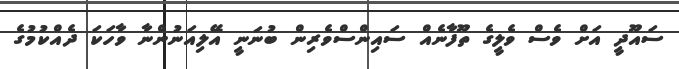
ސައޫދީ އަށް ވެސް ވެލީގެ ތޫފާނެއް ސައިންސްވެރިން ބުނަނީ އޭލިއަނުންނާ ވާހަކަ ދެއްކުމުގެ